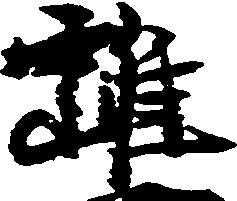
雖